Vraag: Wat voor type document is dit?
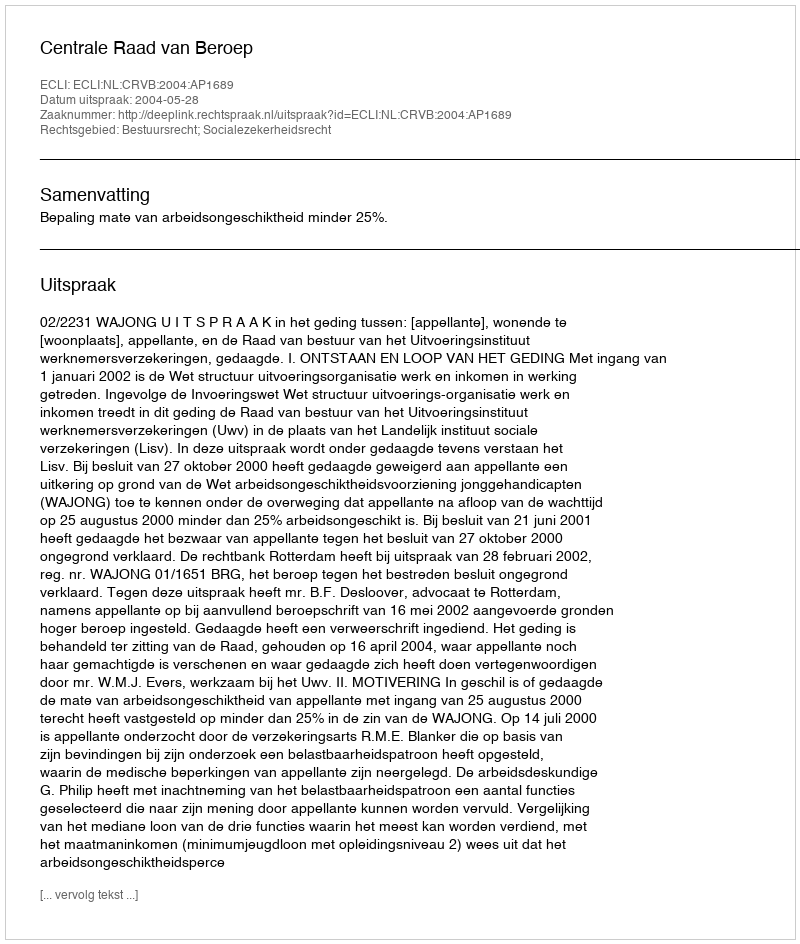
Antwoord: Uitspraak